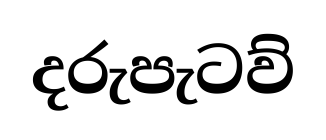
දරුපැටව්